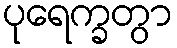
ပုရေက္ခတွာ